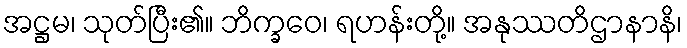
အဋ္ဌမ၊ သုတ်ပြီး၏။ ဘိက္ခဝေ၊ ရဟန်းတို့။ အနုဿတိဌာနာနိ၊